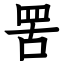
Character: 罟